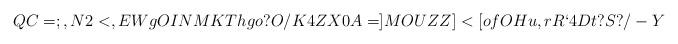
LaTeX: \begin{align*}QC=;,N2<,EWgOINMKThgo?O/K4ZX0A=]MOUZZ]<[ofOHu,rR`4Dt?S?/-Y\end{align*}